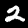
Digit: 2